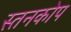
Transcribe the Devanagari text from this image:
स्तनकोप